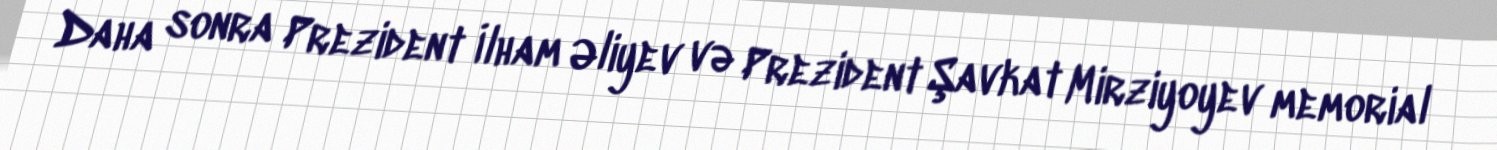
Daha sonra Prezident İlham Əliyev və Prezident Şavkat Mirziyoyev memorial